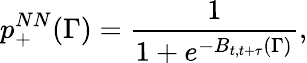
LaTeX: p_{+}^{NN}(\Gamma)=\frac{1}{1+e^{-B_{t,t+\tau}(\Gamma)}},